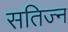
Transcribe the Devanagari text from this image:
सतिज्न